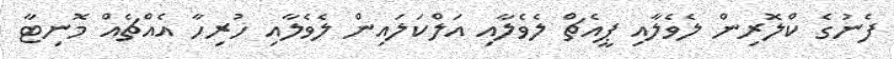
ފެނުގެ ކްލޮރިން ލެވެލާއި ޕީއެޗް ލެވެލާއި އަލްކަލައިން ލެވެލާއި ހުރިހާ އެއްޗެއް މޮނިޓާ